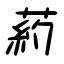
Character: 葯